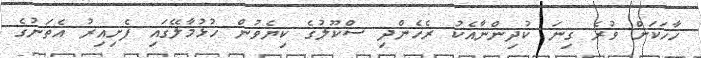
ހާހަކަށް ވުރެ ގިނަ ކުދިންނާއެކު ރެހެންދި ސްކޫލުގެ ކިޔެވުން ހުޅުމާލޭގައި ފެށިއިރު އެތަނުގެ